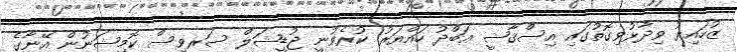
ޒުހައިރު ވިދާޅުވިގޮތުގައި އިސްޤާޟީ ޢަބްދު ހައްޔަރު ކުރެވުނީ ޖުޑީޝަލް ސަރވިސް ކޮމިޝަނުން އޭނާގެ